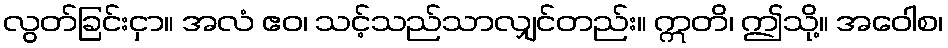
လွတ်ခြင်းငှာ။ အလံ ဧဝ၊ သင့်သည်သာလျှင်တည်း။ ဣတိ၊ ဤသို့။ အဝေါစ၊